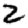
Digit: 2